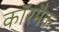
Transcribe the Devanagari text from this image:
कॉरमैक